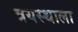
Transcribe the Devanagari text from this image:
त्रयस्थाला